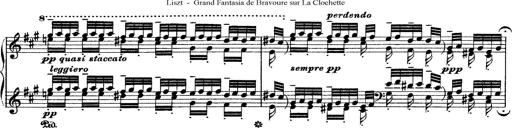
Title: Grande fantasie di bravura sur La clochette
Composer: Franz Liszt
Key: A minor